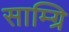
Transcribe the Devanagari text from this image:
साम्ग्रि